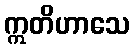
ဣတိဟာသေ